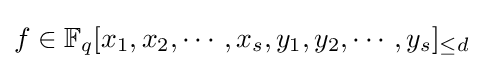
f\in \mathbb {F} _{q}[x_{1},x_{2},\cdots ,x_{s},y_{1},y_{2},\cdots ,y_{s}]_{\leq d}